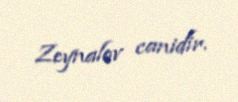
Zeynalov canidir.